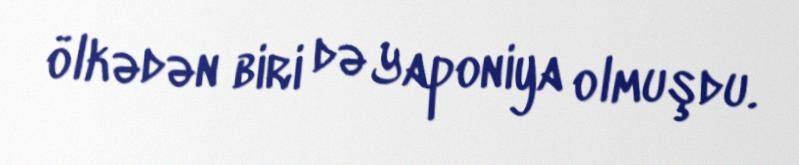
ölkədən biri də Yaponiya olmuşdu.